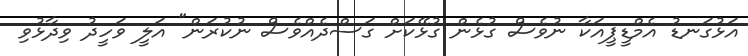
އަޅުގަނޑު އެމްޑީޕީއަކާ ނުވެސް ގުޅެން ގުޅޭކަށް ގަސްދެއްވެސް ނުކުރަން" އަލީ ވަހީދު ވިދާޅުވި